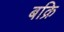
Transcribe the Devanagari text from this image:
बक्रि